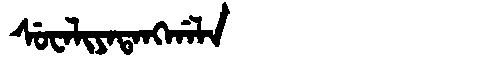
Manchu: ᠰᡠᠸᠠᠯᡳᠶᠠᡨᠠᠩᡤᠠᠯᠠ
Romanization: SUWALIYATANGGALA